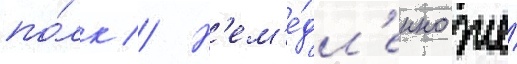
по́лк // Н'ем'е́дл'енно же́